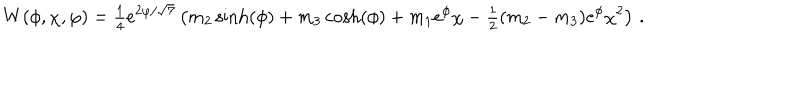
LaTeX: W ( \phi , \chi , \varphi ) = { \textstyle { \frac { 1 } { 4 } } } e ^ { 2 \varphi / \sqrt { 7 } } \left( m _ { 2 } \sinh ( \phi ) + m _ { 3 } \cosh ( \phi ) + m _ { 1 } e ^ { \phi } \chi - { \textstyle { \frac { 1 } { 2 } } } ( m _ { 2 } - m _ { 3 } ) e ^ { \phi } \chi ^ { 2 } \right) \, .